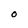
Character: O